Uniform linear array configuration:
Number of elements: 32
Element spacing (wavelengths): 0.5
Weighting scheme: kaiser
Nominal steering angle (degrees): -15
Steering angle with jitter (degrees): -16.16
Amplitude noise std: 0.05
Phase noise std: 0.05

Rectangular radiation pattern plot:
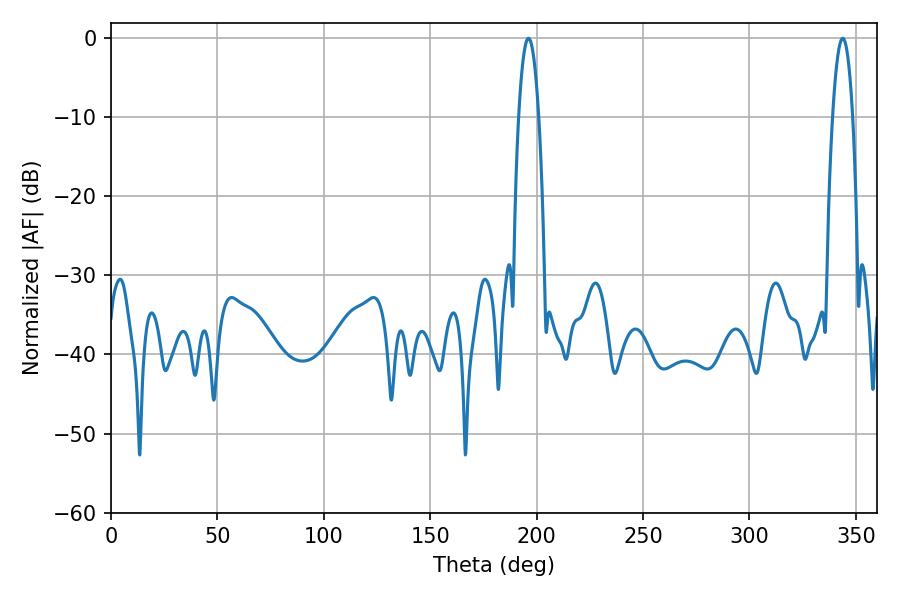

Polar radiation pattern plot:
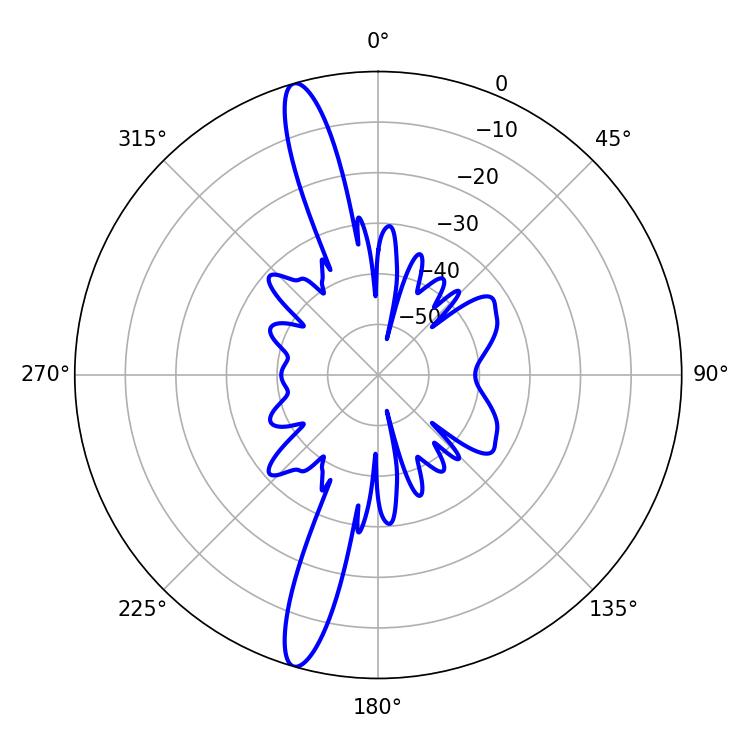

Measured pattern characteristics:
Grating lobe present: FALSE
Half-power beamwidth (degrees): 5.22
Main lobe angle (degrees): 343.8